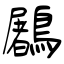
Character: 鷵